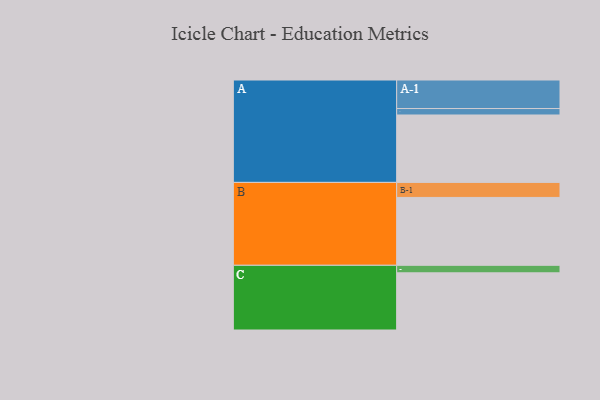
{"axis": {"x": "Segment", "y": "Value"}, "legend": ["", "A", "B", "C"], "data": [{"x": "A", "y": 574, "type": ""}, {"x": "B", "y": 578, "type": ""}, {"x": "C", "y": 487, "type": ""}, {"x": "A-1", "y": 243, "type": "A"}, {"x": "A-2", "y": 55, "type": "A"}, {"x": "B-1", "y": 128, "type": "B"}, {"x": "C-1", "y": 64, "type": "C"}]}